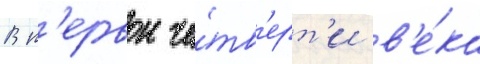
В п'ервои че́тв'ерт'и в'е́ка